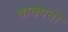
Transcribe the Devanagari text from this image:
वाक्यता